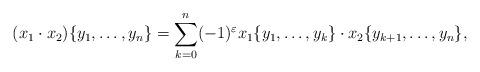
LaTeX: \begin{align*}(x_1 \cdot x_2) \{ y_1, \dots, y_n\} = \sum_{k=0}^n (-1)^\varepsilon x_1 \{y_1, \dots, y_k\} \cdot x_2 \{ y_{k+1}, \dots, y_n\},\end{align*}